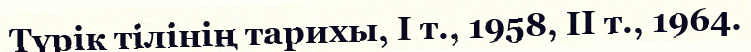
Түрік тілінің тарихы, І т., 1958, ІІ т., 1964.